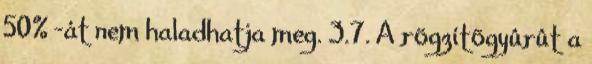
50% -át nem haladhatja meg. 3.7. A rögzítõgyûrût a